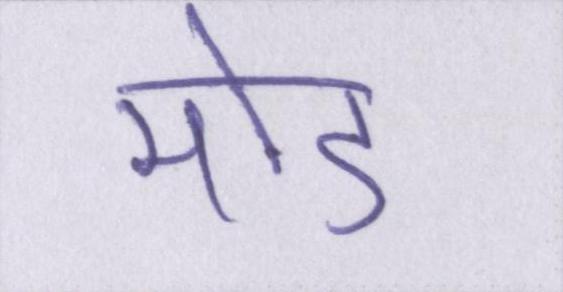
मोड